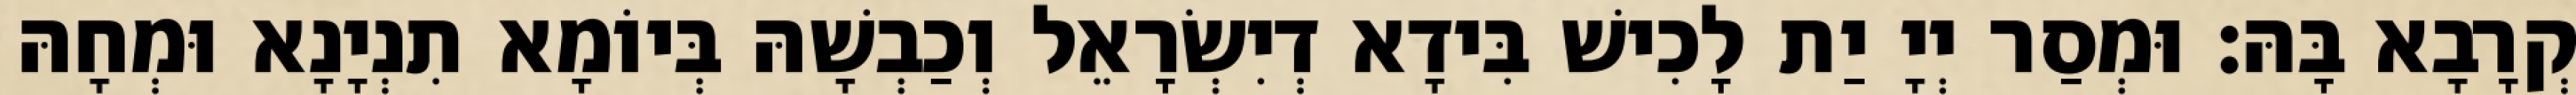
קְרָבָא בָּהּ׃ וּמְסַר יְיָ יַת לָכִישׁ בִּידָא דְיִשְׂרָאֵל וְכַבְשָׁהּ בְּיוֹמָא תִנְיָנָא וּמְחָהּ